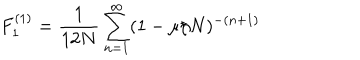
F _ { 1 } ^ { ( 1 ) } = { \frac { 1 } { 1 2 N } } \sum _ { n = 1 } ^ { \infty } ( 1 - \mu / N ) ^ { - ( n + 1 ) }